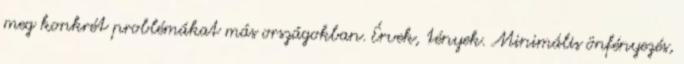
meg konkrét problémákat más országokban. Érvek, tények. Minimális önfényezés,